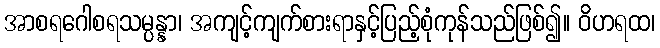
အာစရဂေါစရသမ္ပန္နာ၊ အကျင့်ကျက်စားရာနှင့်ပြည့်စုံကုန်သည်ဖြစ်၍။ ဝိဟရထ၊